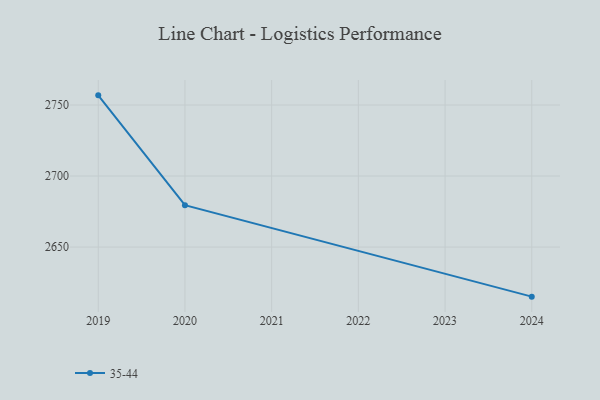
{"axis": {"x": "Year", "y": "Demand Index"}, "legend": ["35-44"], "data": [{"x": "2024", "y": 2615.1, "type": "35-44"}, {"x": "2020", "y": 2679.5, "type": "35-44"}, {"x": "2019", "y": 2756.8, "type": "35-44"}]}